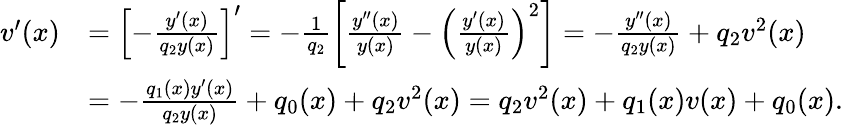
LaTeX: \begin{array}{rl}{v^{\prime}(x)}&{=\left[-\frac{y^{\prime}(x)}{q_{2}y(x)}\right]^{\prime}=-\frac{1}{q_{2}}\left[\frac{y^{\prime\prime}(x)}{y(x)}-\left(\frac{y^{\prime}(x)}{y(x)}\right)^{2}\right]=-\frac{y^{\prime\prime}(x)}{q_{2}y(x)}+q_{2}v^{2}(x)}\\ &{=-\frac{q_{1}(x)y^{\prime}(x)}{q_{2}y(x)}+q_{0}(x)+q_{2}v^{2}(x)=q_{2}v^{2}(x)+q_{1}(x)v(x)+q_{0}(x).}\end{array}